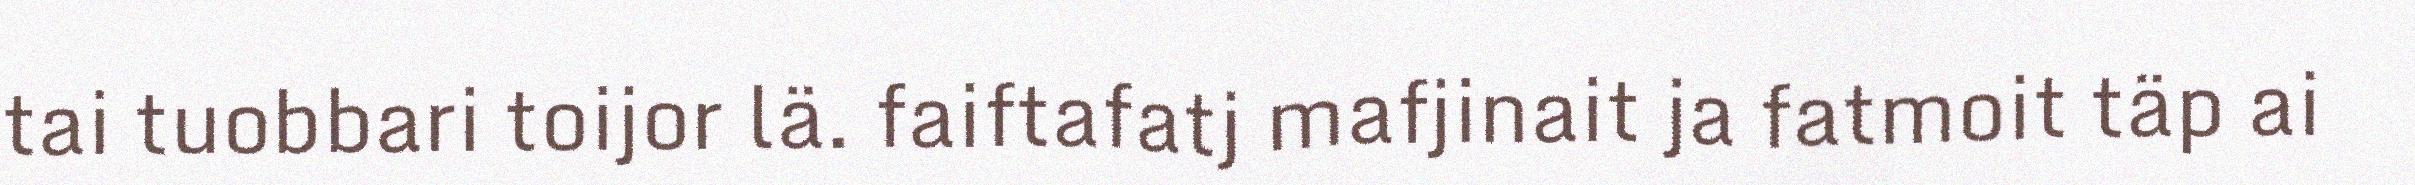
tai tuobbari toijor lä. faiftafatj mafjinait ja fatmoit täp ai